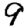
Digit: 9